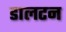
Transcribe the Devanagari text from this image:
डालटन